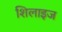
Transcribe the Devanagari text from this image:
शिलाइज